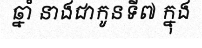
ឆ្នាំ នាងជាកូនទី៧ ក្នុង